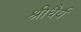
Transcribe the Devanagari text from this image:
श्रीधैर्य